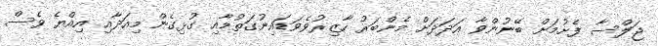
ޖަލްސާ ފެށުމަށް ބޭނުންވާ އަދަދަށް މެންބަރު ހާޒިރުވެވަޑައިނުގަތުމާއި ގުޅިގެން މިއަދާއި އިއްޔެ ވެސް